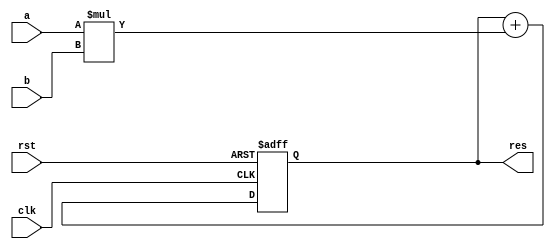
module thread #(
    parameter DATA_WIDTH = 8
) (
    input wire clk,
    input wire rst,
    input wire [DATA_WIDTH-1:0] a, //Input value from Matrix A
    input wire [DATA_WIDTH-1:0] b, //Input value from Matrix B
    output reg [DATA_WIDTH-1:0] res //Summation of (Ai * Bi) res for i in range(0,K)
);

always @(posedge clk or negedge rst) begin
    if (~rst) begin
        res <= 0;
    end
    else begin
        //Perform the actual calculation if we're not in reset
        res <= res + (a * b);
        $display("Adding a * b (%d) to res (%d)", a * b, res);
    end
end

endmodule